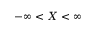
- \infty < X < \infty